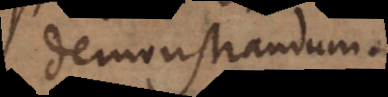
demonstrandum.